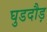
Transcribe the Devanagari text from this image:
घुडदौड़